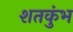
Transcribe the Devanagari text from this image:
शतकुंभ